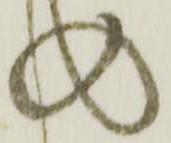
の